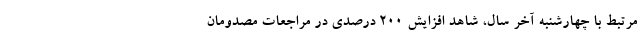
مرتبط با چهارشنبه آخر سال، شاهد افزایش ٢٠٠ درصدی در مراجعات مصدومان